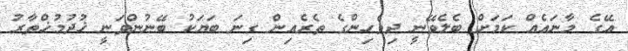
އޭގެ މާނައެއް ކަމަށް ބެލެވޭނީ ދިވެހިންގެ ތެރެއިން ގިނަ ބަޔަކު ބޭނުންވަނީ ޚުދުމުޚްތާރު